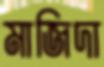
মাজিদা